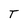
Character: T